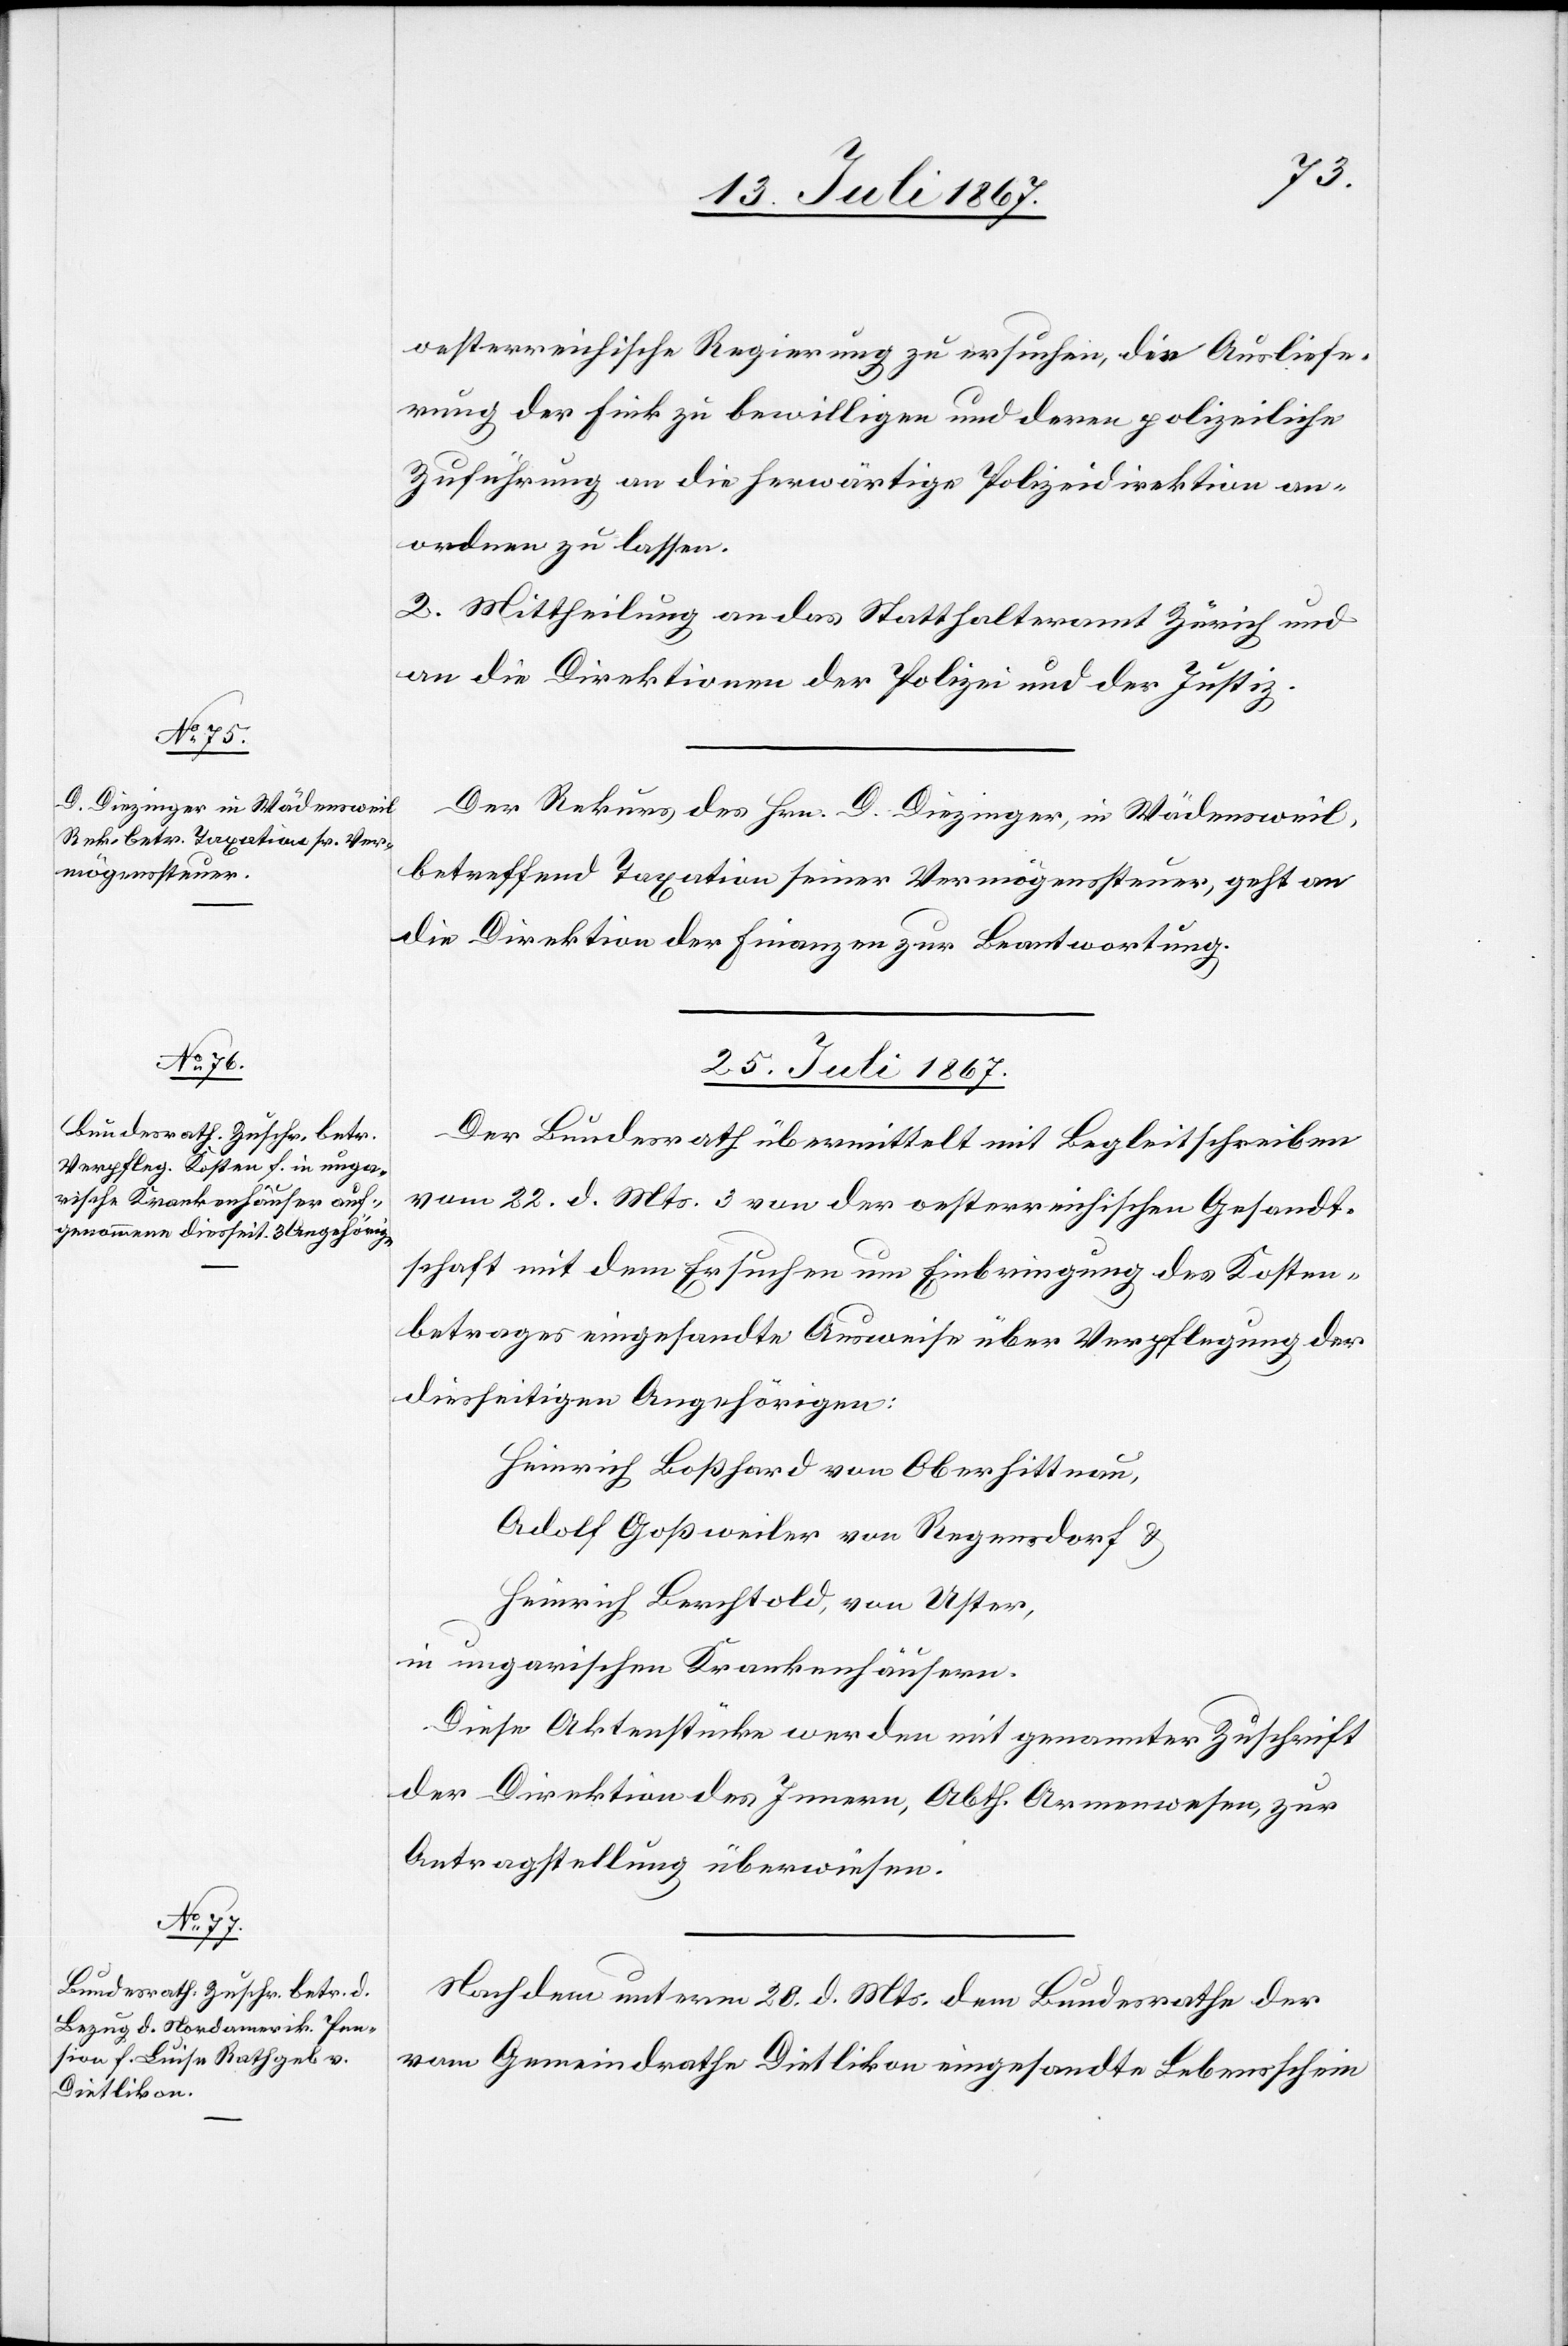
24. Juli 1867.]
oesterreichische Regierung zu ersuchen, die Ausliefe¬
rung der Fink zu bewilligen und deren polizeiliche
Zuführung an die herwärtige Polizeidirektion an¬
ordnen zu lassen.
2. Mittheilung an das Statthalteramt Zürich und
an die Direktionen der Polizei und der Justiz.
Der Rekurs des Hrn. D. Diezinger, in Wädensweil,
betreffend Taxation seiner Vermögenssteuer, geht an
die Direktion der Finanzen zur Beantwortung.
25. Juli 1867.]
Der Bundesrath übermittelt mit Begleitschreiben
vom 22. d. Mts. 3 von der oesterreichischen Gesandt¬
schaft mit dem Ersuchen um Einbringung des Kosten¬
betrages eingesandte Ausweise über Verpflegung der
diesseitigen Angehörigen:
Heinrich Boßhard von Oberhittnau,
Adolf Goßweiler von Regensdorf u.
Heinrich Berchtold, von Uster,
in ungarischen Krankenhäusern.
Diese Aktenstücke werden mit genannter Zuschrift
der Direktion des Innern, Abth. Armenwesen, zur
Antragstellung überwiesen.
Nachdem unterm 20. d. Mts. dem Bundesrathe der
vom Gemeindrathe Dietlikon eingesandte Lebensschein